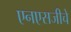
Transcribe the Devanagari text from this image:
एनएसजीचे